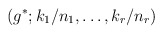
\begin{align*}\left( g^{*};k_{1}/n_{1},\ldots ,k_{r}/n_{r}\right)\end{align*}